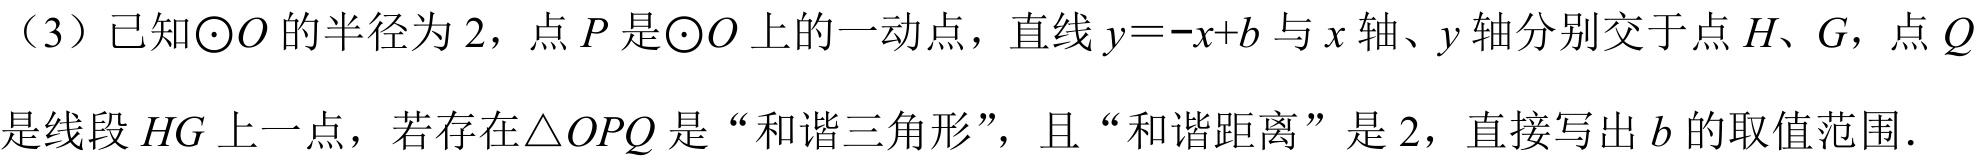
（3）已知\(\odot O\)的半径为\(2\)，点\(P\)是\(\odot O\)上的一动点，直线\(y=-x + b\)与\(x\)轴、\(y\)轴分别交于点\(H\)、\(G\)，点\(Q\)
是线段\(HG\)上一点，若存在\(\triangle OPQ\)是“和谐三角形”，且“和谐距离”是\(2\)，直接写出\(b\)的取值范围.